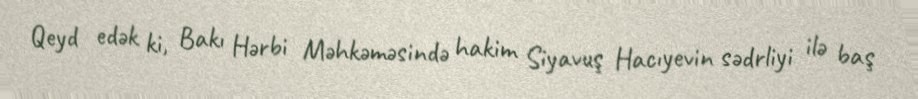
Qeyd edək ki, Bakı Hərbi Məhkəməsində hakim Siyavuş Hacıyevin sədrliyi ilə baş